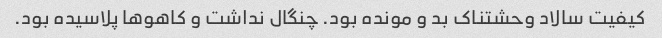
کیفیت سالاد وحشتناک بد و مونده بود. چنگال نداشت و کاهو‌ها پلاسیده بود.